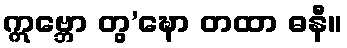
ဣဗ္ဘော တွ’ဍ္ဎော တထာ ဓနီ။